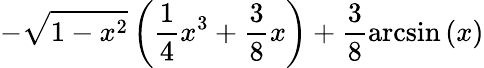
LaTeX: -\sqrt{1-x^{2}}\left(\frac{1}{4}x^{3}+\frac{3}{8}x\right)+\frac{3}{8}\arcsin\left(x\right)